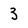
Character: 3